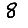
Digit: 8